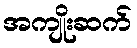
အကျိုးဆက်